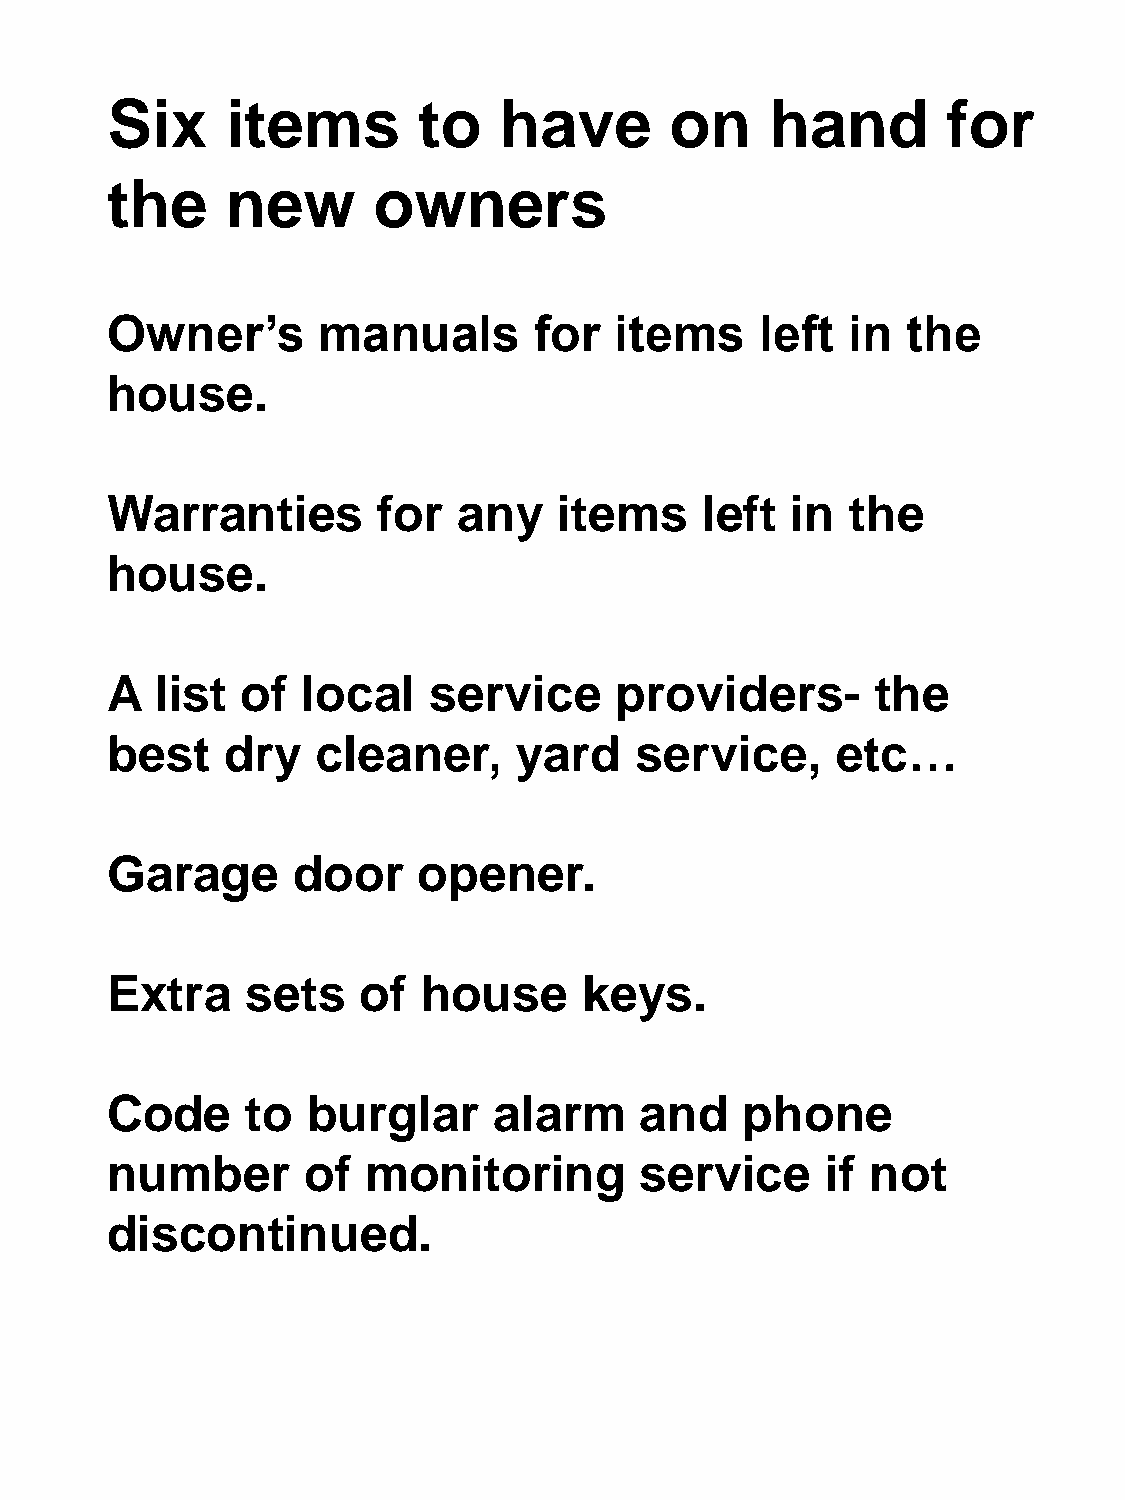
Six     items        to   have       on     hand        for
 the     new       owners
 Owner’s       manuals       for   items    left  in  the
 house.
 Warranties        for  any    items     left in  the
 house.
 A  list  of  local   service      providers-       the
 best    dry   cleaner,     yard    service,     etc…
 Garage      door     opener.
 Extra    sets    of  house      keys.
 Code     to  burglar      alarm    and    phone
 number       of  monitoring        service      if not
 discontinued.